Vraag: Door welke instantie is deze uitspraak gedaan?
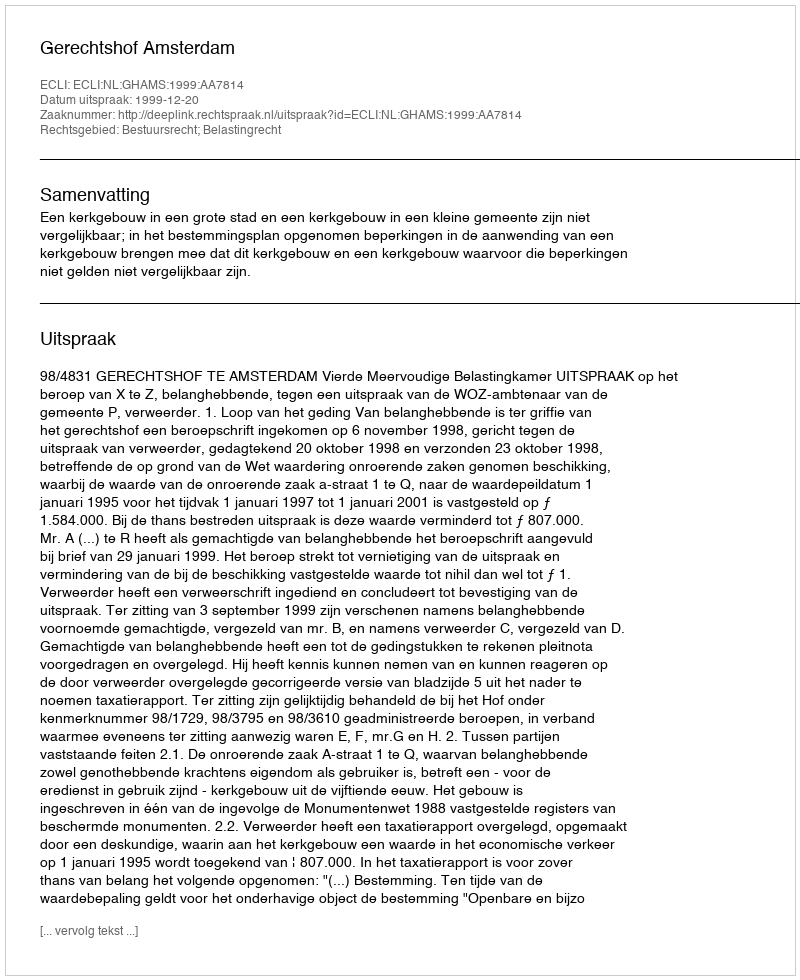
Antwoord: Gerechtshof Amsterdam